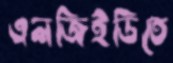
এলজিইডিতে